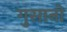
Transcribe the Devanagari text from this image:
गुसानो